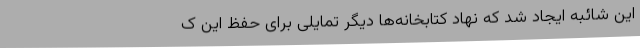
این شائبه ایجاد شد که نهاد کتابخانه‌ها دیگر تمایلی برای حفظ این ک